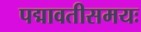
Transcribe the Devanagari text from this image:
पद्मावतीसमयः